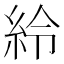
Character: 紷